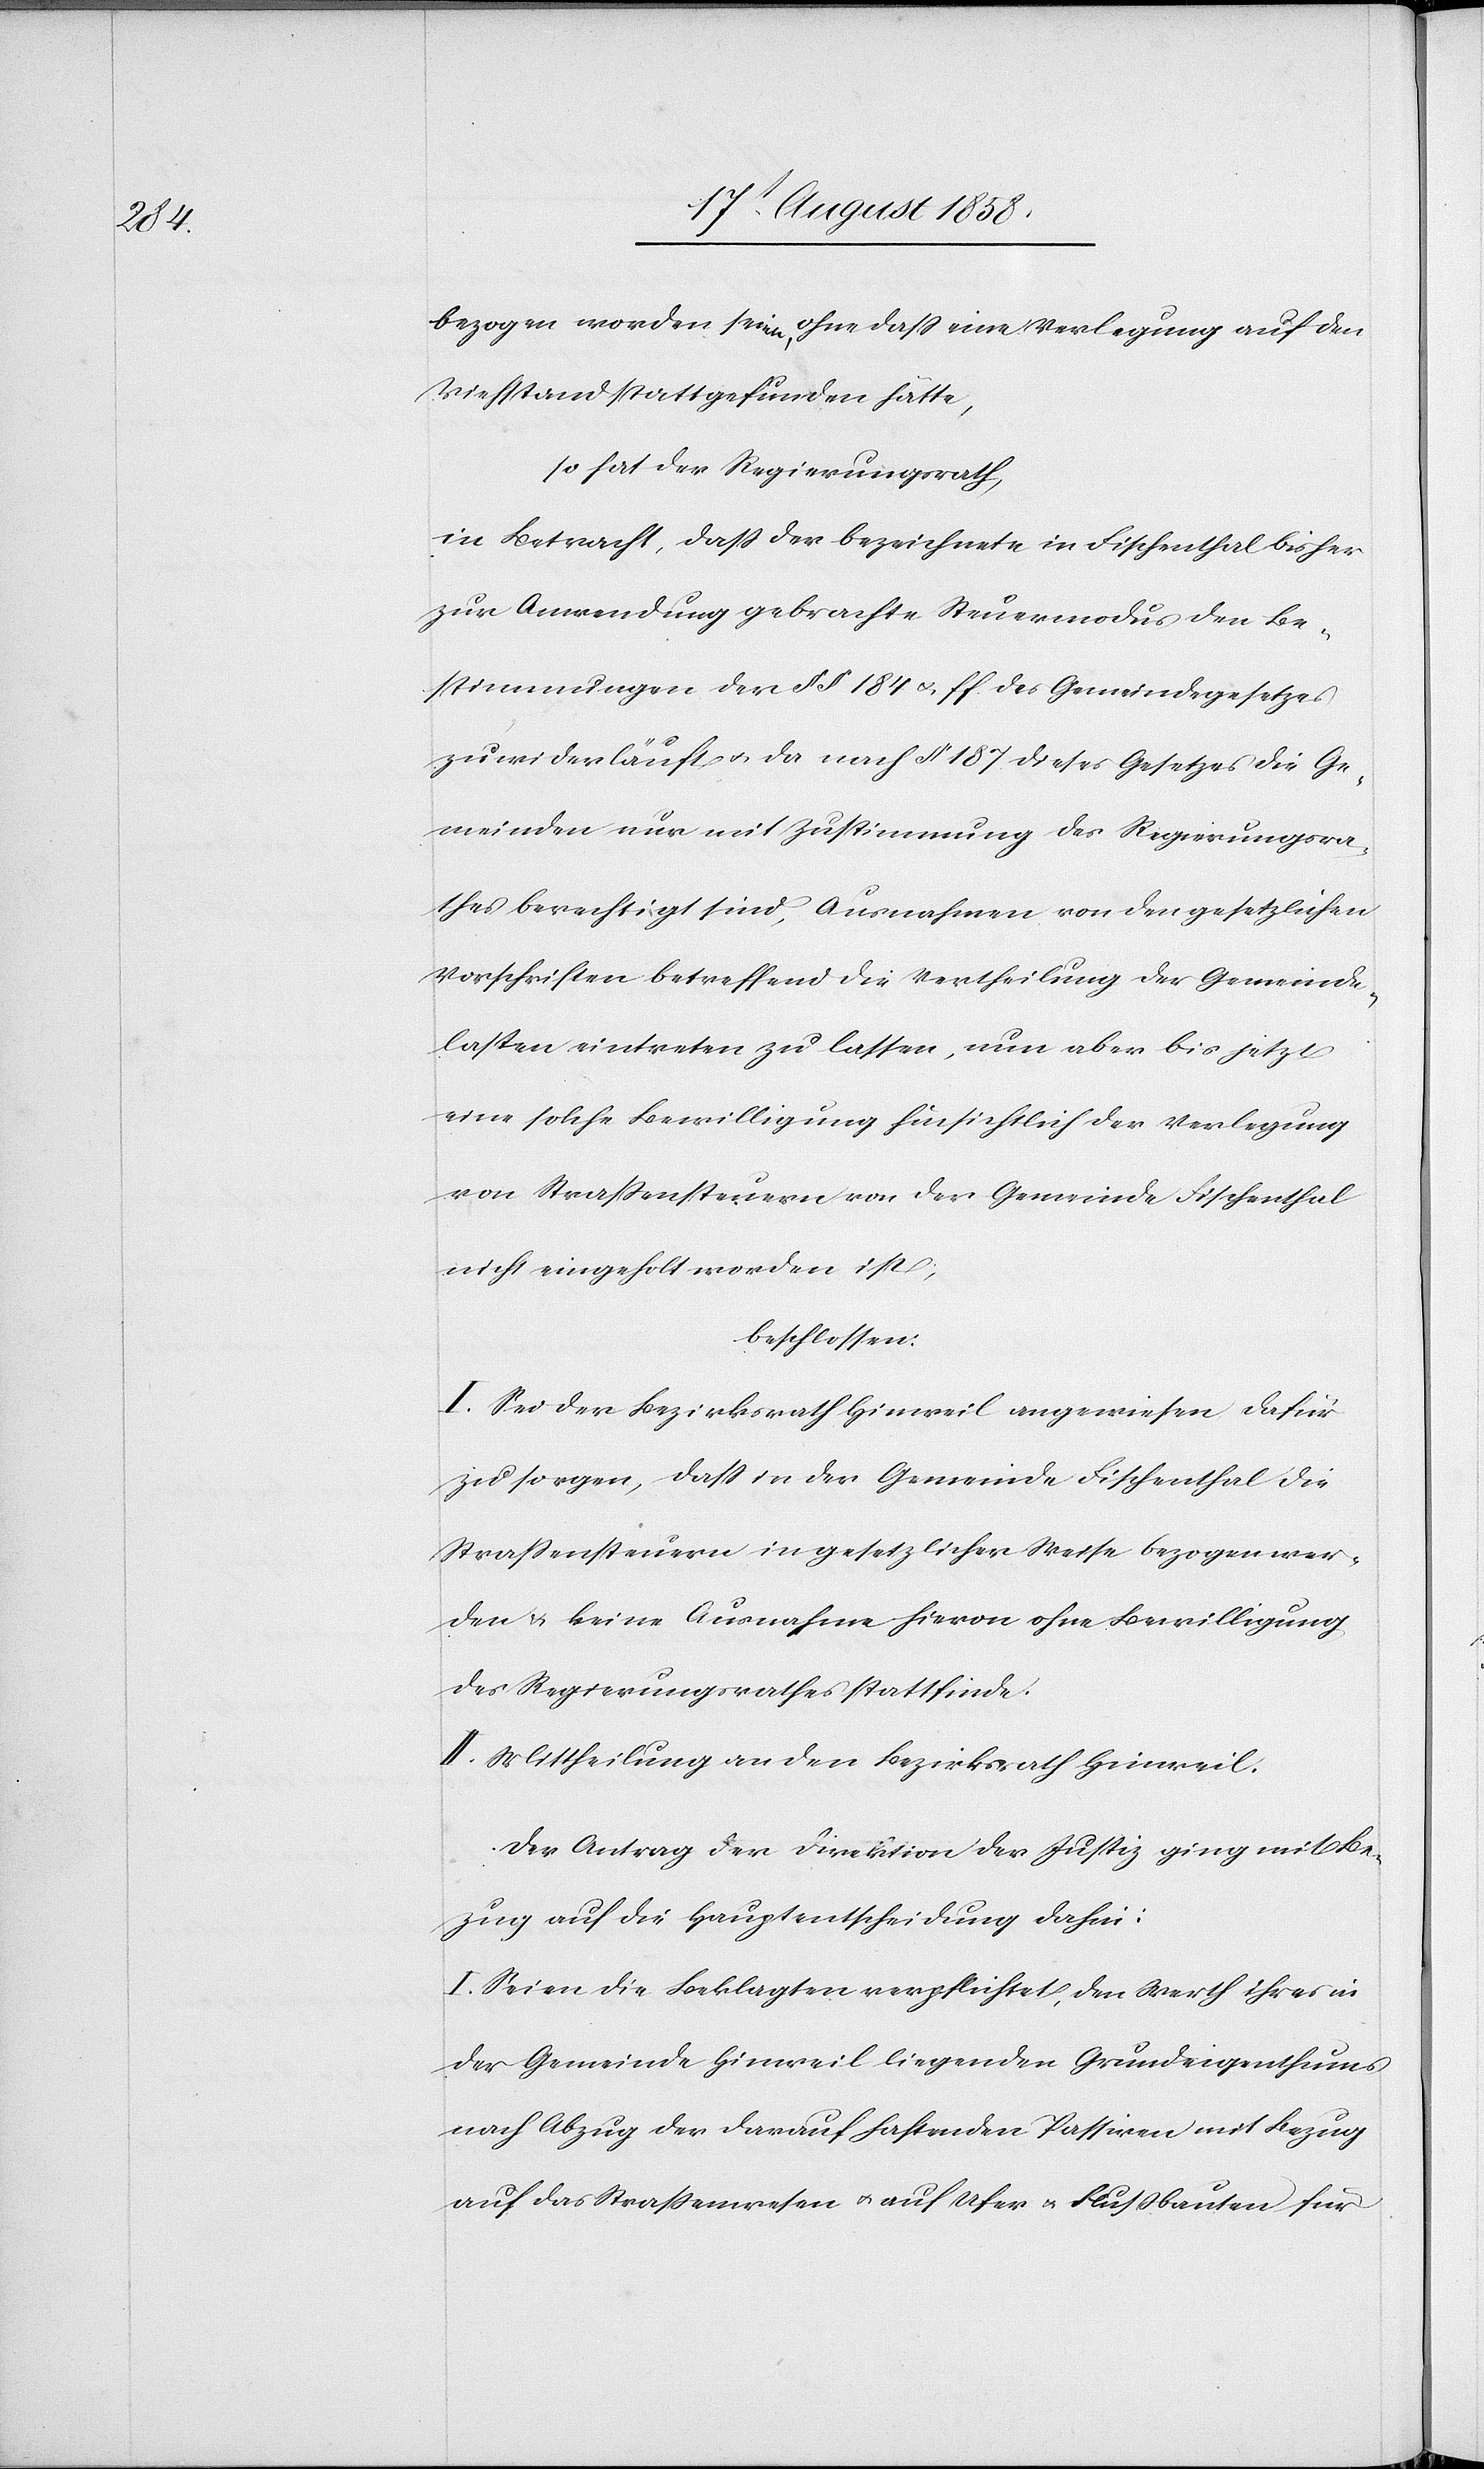
bezogen worden seien, ohne dass eine Verlegung auf den
Viehstand stattgefunden hätte,
so hat der Regierungsrath,
in Betracht, dass der bezeichnete in Fischenthal bisher
zur Anwendung gebrachte Steuermodus den Be¬
stimmungen der §§ 184 & ff. des Gemeindegesetzes
zuwiderläuft & da nach § 187 dieses Gesetzes die Ge¬
meinden nur mit Zustimmung des Regierungsra¬
thes berechtigt sind, Ausnahmen von den gesetzlichen
Vorschriften betreffend die Vertheilung der Gemeinde¬
lasten eintreten zu lassen, nun aber bis jetzt
eine solche Bewilligung hinsichtlich der Verlegung
von Strassensteuern von der Gemeinde Fischenthal
nicht eingeholt worden ist,
beschlossen:
I. Sei der Bezirksrath Hinweil angewiesen dafür
zu sorgen, dass in der Gemeinde Fischenthal die
Strassensteuern in gesetzlicher Weise bezogen wer¬
den & keine Ausnahme hievon ohne Bewilligung
des Regierungsrathes stattfinde.
II. Mittheilung an den Bezirksrath Hinweil.
Der Antrag der Direktion der Justiz ging mit Be¬
zug auf die Hauptentscheidung dahin:
I. Seien die Beklagten verpflichtet, den Werth ihres in
der Gemeinde Hinweil liegenden Grundeigenthums
nach Abzug der darauf haftenden Passiven mit Bezug
auf das Strassenwesen & auf Ufer[-] & Flussbauten für